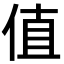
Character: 值